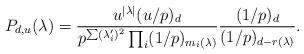
LaTeX: \begin{align*}P_{d,u}(\lambda) = \frac{u^{|\lambda|} (u/p)_d }{p^{\sum (\lambda_i')^2} \prod_i (1/p)_{m_i(\lambda)}} \frac{(1/p)_d}{(1/p)_{d-r(\lambda)}}.\end{align*}